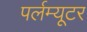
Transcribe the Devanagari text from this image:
पर्लम्यूटर